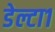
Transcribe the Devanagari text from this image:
डेल्टा१